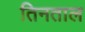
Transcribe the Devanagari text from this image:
तिनताल